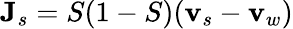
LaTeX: {\mathbf J}_{s}=S(1-S)({\mathbf v}_{s}-{\mathbf v}_{w})